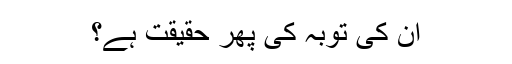
ان کی توبہ کی پھر حقیقت ہے؟